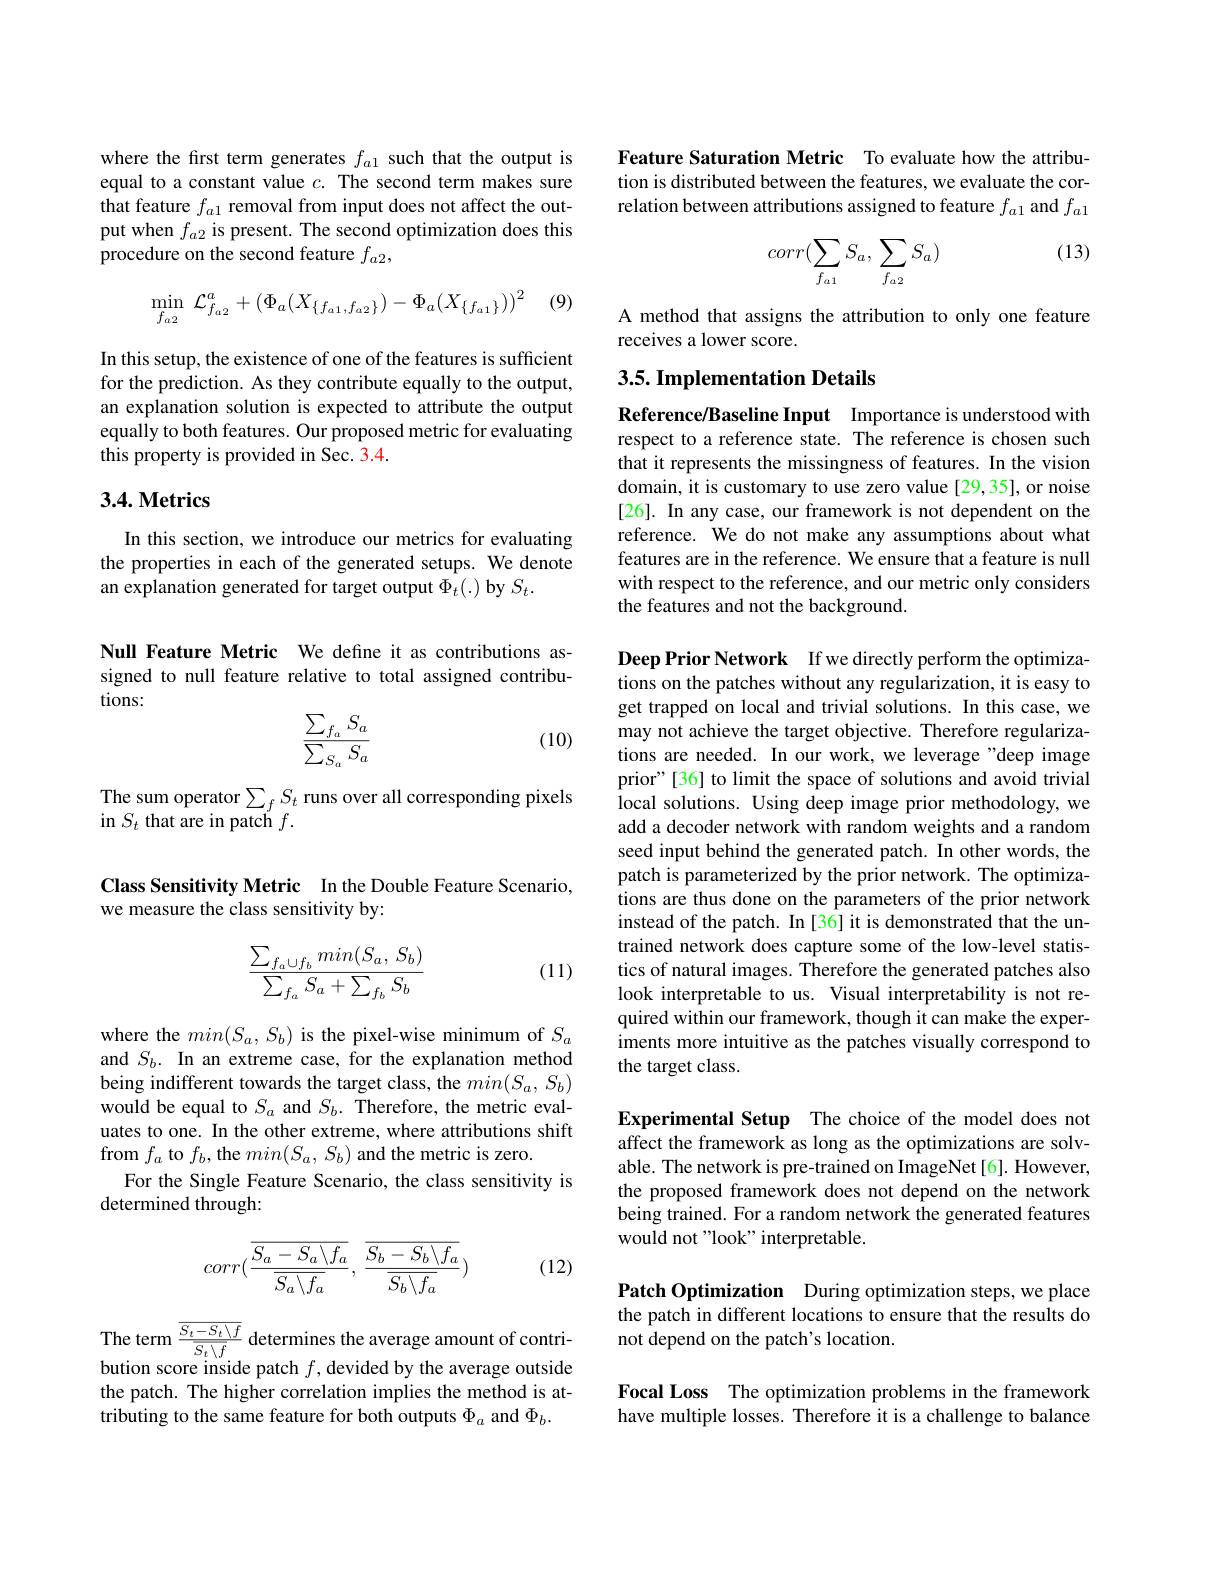
where the first term generates $f_{a1}$ such that the output is equal to a constant value $c.$ The second term makes sure that feature $f_a1$ removal from input does not affect the output when $f_{a2}$ is present. The second optimization does this procedure on the second feature $f_{a2}$,

(9)
$$\min_{f_{a2}}\:\mathcal{L}_{f_{a2}}^{a}+(\Phi_{a}(X_{\{f_{a1},f_{a2}\}})-\Phi_{a}(X_{\{f_{a1}\}}))^{2}$$
In this setup, the existence of one of the features is sufficient for the prediction. As they contribute equally to the output, an explanation solution is expected to attribute the output equally to both features. Our proposed metric for evaluating this property is provided in Sec. 3.4.

### $3. 4. \textbf{Metrics}$

In this section, we introduce our metrics for evaluating the properties in each of the generated setups. We denote an explanation generated for target output $\Phi_t(.)$ by $S_t.$

Null Feature Metric We define it as contributions assigned to null feature relative to total assigned contributions:
$$\frac{\sum_{f_a}S_a}{\sum_{S_a}S_a}$$
(10)

The sum operator$\sum_fS_t$ runs over all corresponding pixels
in $S_{t}$ that are in patch $f.$

Class Sensitivity Metric In the Double Feature Scenario,
we measure the class sensitivity by:
$$\begin{aligned}\frac{\sum_{f_a\cup f_b}min(S_a,\:S_b)}{\sum_{f_a}S_a+\sum_{f_b}S_b}\end{aligned}$$
(11)

where the $min(S_a,S_b)$ is the pixel-wise minimum of $S_a$ and $S_b.$ In an extreme case, for the explanation method being indifferent towards the target class, the $min(S_a,S_b)$ would be equal to $S_a$ and $S_b.$ Therefore, the metric evaluates to one. In the other extreme, where attributions shift from $f_a$ to $f_b$,the $min(S_a,S_b)$ and the metric is zero.
For the Single Feature Scenario, the class sensitivity is
determined through:

(12)
$$corr(\frac{\overline{S_a-S_a\backslash f_a}}{\overline{S_a\backslash f_a}},\:\frac{\overline{S_b-S_b\backslash f_a}}{\overline{S_b\backslash f_a}})$$
The term $\frac{\overline{S_{t}-S_{t}\setminus f}}{\overline{S_{t}\setminus f}}$ determines the average amount of contribution score inside patch $f$,devided by the average outside the patch. The higher correlation implies the method is attributing to the same feature for both outputs $\Phi_a$ and $\Phi_b.$

Feature Saturation Metric To evaluate how the attribution is distributed between the features, we evaluate the correlation between attributions assigned to feature $f_{a1}$ and $f_{a1}$

(13)
$$corr(\sum_{f_{a1}}S_a,\sum_{f_{a2}}S_a)$$
A method that assigns the attribution to only one feature
receives a lower score.

## 3.5. Implementation Details

Reference/Baseline Input Importance is understood with respect to a reference state. The reference is chosen such that it represents the missingness of features. In the vision domain, it is customary to use zero value [29,35], or noise [26]. In any case, our framework is not dependent on the reference. We do not make any assumptions about what features are in the reference. We ensure that a feature is null with respect to the reference, and our metric only considers the features and not the background.

Deep Prior Network If we directly perform the optimizations on the patches without any regularization, it is easy to get trapped on local and trivial solutions. In this case, we may not achieve the target objective. Therefore regularizations are needed. In our work, we leverage"deep image prior"[36] to limit the space of solutions and avoid trivial local solutions. Using deep image prior methodology, we add a decoder network with random weights and a random seed input behind the generated patch. In other words, the patch is parameterized by the prior network. The optimizations are thus done on the parameters of the prior network instead of the patch. In [36] it is demonstrated that the untrained network does capture some of the low-level statistics of natural images. Therefore the generated patches also look interpretable to us. Visual interpretability is not required within our framework, though it can make the experiments more intuitive as the patches visually correspond to the target class.

Experimental Setup The choice of the model does not affect the framework as long as the optimizations are solvable. The network is pre-trained on ImageNet[6]. However, the proposed framework does not depend on the network being trained. For a random network the generated features would not"look" interpretable.

Patch Optimization During optimization steps, we place the patch in different locations to ensure that the results do not depend on the patch's location.

Focal Loss The optimization problems in the framework have multiple losses. Therefore it is a challenge to balance